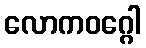
လောကဝဂ္ဂေါ